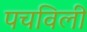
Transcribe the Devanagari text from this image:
पचविली